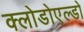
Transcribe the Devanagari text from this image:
क्लोडोएल्डो